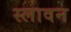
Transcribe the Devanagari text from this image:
स्लावन